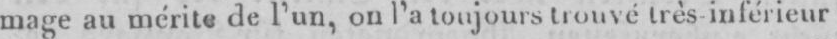
mage au mérite de l’un, on l’a toujourstrouvé très-inférieur